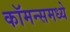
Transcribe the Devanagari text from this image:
कॉमन्समध्ये